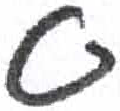
אות: ס